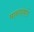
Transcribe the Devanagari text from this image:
मानवांकडे